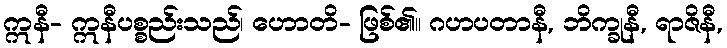
ဣနီ- ဣနီပစ္စည်းသည်၊ ဟောတိ- ဖြစ်၏။ ဂဟပတာနီ, ဘိက္ခုနီ, ရာဇိနီ,